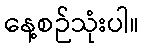
နေ့စဉ်သုံးပါ။